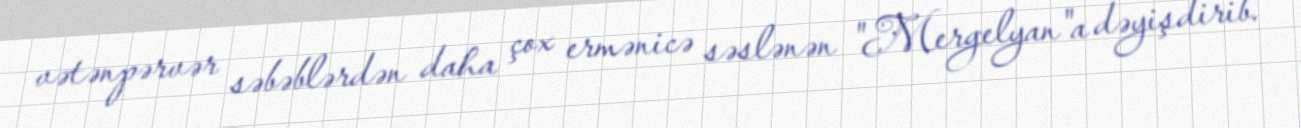
vətənpərvər səbəblərdən daha çox ermənicə səslənən "Mergelyan"a dəyişdirib.